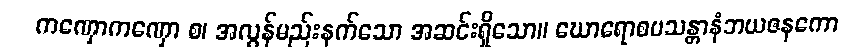
ကဏှောကဏှော စ၊ အလွန်မည်းနက်သော အဆင်းရှိသော။ ဃောရောစပသန္တာနံဘယဇနကော